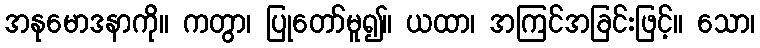
အနုမောဒနာကို။ ကတွာ၊ ပြုတော်မူ၍။ ယထာ၊ အကြင်အခြင်းဖြင့်။ သော၊